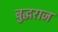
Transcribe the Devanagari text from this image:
बुद्धराज